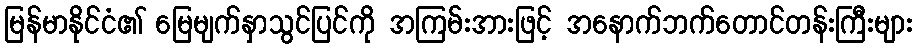
မြန်မာနိုင်ငံ၏ မြေမျက်နှာသွင်ပြင်ကို အကြမ်းအားဖြင့် အနောက်ဘက်တောင်တန်းကြီးများ